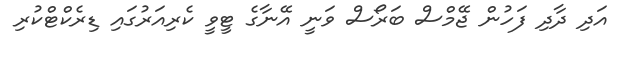
އަދި ދާދި ފަހުން ޖޭމްސް ބަރޯސް ވަނީ އޭނާގެ ޓީވީ ކެރިއަރުގައި ޑިރެކްޓްކުރި